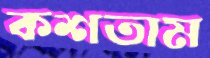
কশতাম